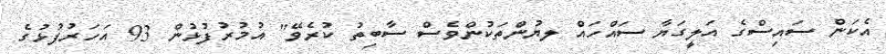
އެކަން ސައިސްގެ އަލީގަޔާ ސައްހައް ލޔުންތަކުންވެސް ސާބިތު ކުރެވޭ" އުމުރުފުޅުން 93 އަހަރުފުޅުގެ